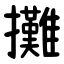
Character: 攤